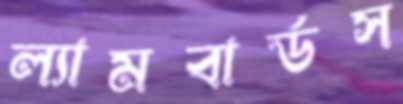
ল্যামবার্ডস